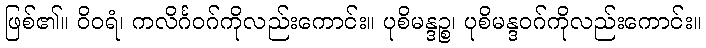
ဖြစ်၏။ ဝိဝရံ၊ ကလိင်္ဂဝဂ်ကိုလည်းကောင်း။ ပုစိမန္ဒဉ္စ၊ ပုစိမန္ဒဝဂ်ကိုလည်းကောင်း။